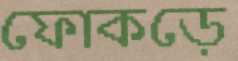
ফোকড়ে